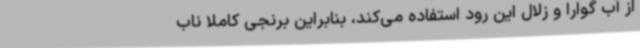
از آب گوارا و زلال این رود استفاده می‌کند، بنابراین برنجی کاملا ناب